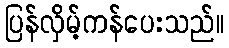
ပြန်လှိမ့်ကန်ပေးသည်။